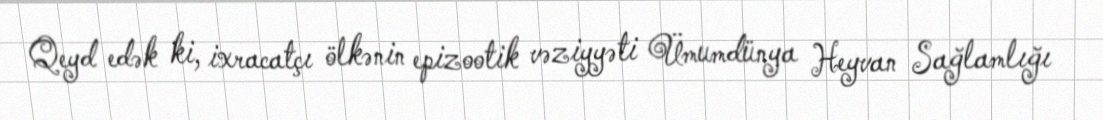
Qeyd edək ki, ixracatçı ölkənin epizootik vəziyyəti Ümumdünya Heyvan Sağlamlığı